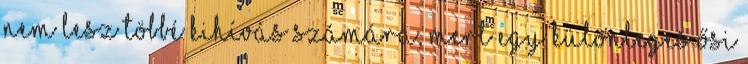
nem lesz többé kihívás számára, mert egy különleges ősi